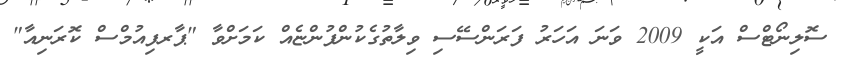
ސޮލިނޯޓްސް އަކީ 2009 ވަނަ އަހަރު ފަރަންސޭސި ވިލާތުގެކުންފުންޏެއް ކަމަށްވާ "ޕާރފިއުމްސް ކޮރަނިއާ"